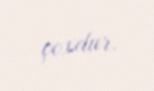
çoxdur.